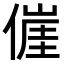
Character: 𬿕